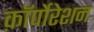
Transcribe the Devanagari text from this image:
क़ाॅर्पोरेशन